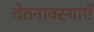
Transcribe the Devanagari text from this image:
चेतनावस्थाएँ